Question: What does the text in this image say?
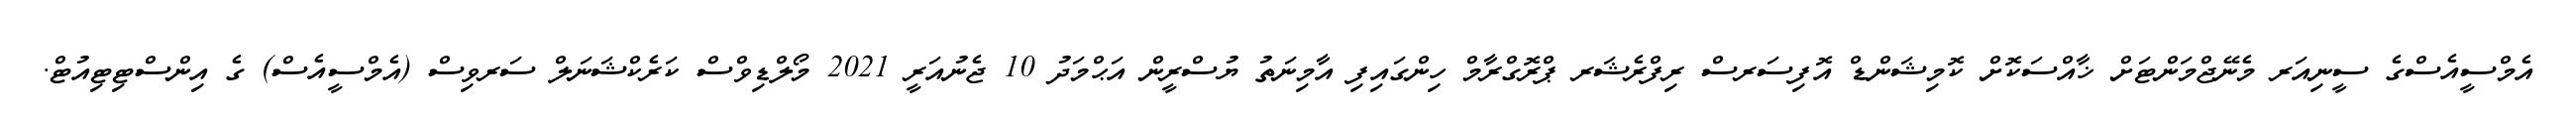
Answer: އެމްސީއެސްގެ ސީނިއަރ މެނޭޖްމަންޓަށް ޚާއްސަކޮށް ކޮމިޝަންޑް އޮފިސަރސް ރިފްރެޝަރ ޕްރޮގްރާމް ހިންގައިފި އާމިނަތު ޔުސްރީން އަޙްމަދު 10 ޖެނުއަރީ 2021 މޯލްޑިވްސް ކަރެކްޝަނަލް ސަރވިސް (އެމްސީއެސް) ގެ އިންސްޓިޓިއުޓް.